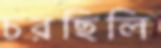
চরছিলি